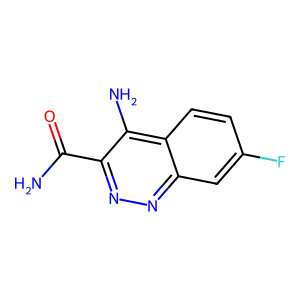
SMILES: NC(=O)c1nnc2cc(F)ccc2c1N
Inhibits HIV replication: No